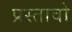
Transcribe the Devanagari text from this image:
प्रस्तावो